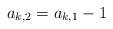
LaTeX: \begin{align*}a_{k,2} =a_{k,1}-1\end{align*}